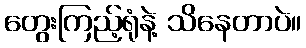
တွေးကြည့်ရုံနဲ့ သိနေတာပဲ။